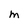
Character: m